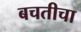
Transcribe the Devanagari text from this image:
बचतीचा